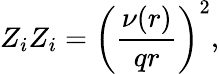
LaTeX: Z_{i}Z_{i}=\left(\frac{\nu(r)}{qr}\right)^{2},